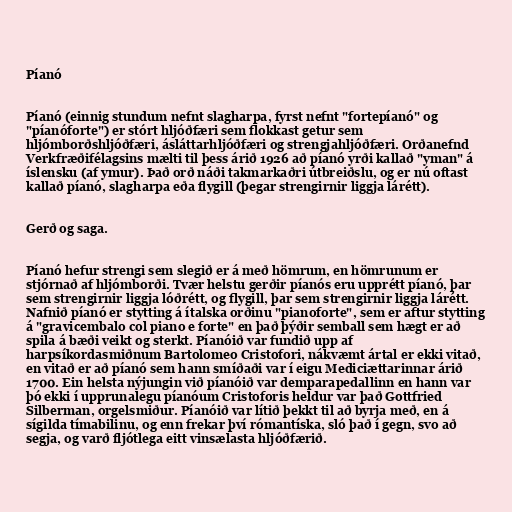
Píanó

Píanó (einnig stundum nefnt slagharpa, fyrst nefnt "fortepíanó" og
"píanóforte") er stórt hljóðfæri sem flokkast getur sem
hljómborðshljóðfæri, ásláttarhljóðfæri og strengjahljóðfæri. Orðanefnd
Verkfræðifélagsins mælti til þess árið 1926 að píanó yrði kallað "yman" á
íslensku (af ymur). Það orð náði takmarkaðri útbreiðslu, og er nú oftast
kallað píanó, slagharpa eða flygill (þegar strengirnir liggja lárétt).

Gerð og saga.

Píanó hefur strengi sem slegið er á með hömrum, en hömrunum er
stjórnað af hljómborði. Tvær helstu gerðir píanós eru upprétt píanó, þar
sem strengirnir liggja lóðrétt, og flygill, þar sem strengirnir liggja lárétt.
Nafnið píanó er stytting á ítalska orðinu "pianoforte", sem er aftur stytting
á "gravicembalo col piano e forte" en það þýðir semball sem hægt er að
spila á bæði veikt og sterkt. Píanóið var fundið upp af
harpsíkordasmiðnum Bartolomeo Cristofori, nákvæmt ártal er ekki vitað,
en vitað er að píanó sem hann smíðaði var í eigu Mediciættarinnar árið
1700. Ein helsta nýjungin við píanóið var demparapedallinn en hann var
þó ekki í upprunalegu píanóum Cristoforis heldur var það Gottfried
Silberman, orgelsmiður. Píanóið var lítið þekkt til að byrja með, en á
sígilda tímabilinu, og enn frekar því rómantíska, sló það í gegn, svo að
segja, og varð fljótlega eitt vinsælasta hljóðfærið.